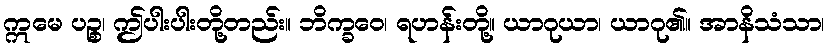
ဣမေ ပဉ္စ၊ ဤပါးပါးတို့တည်း။ ဘိက္ခဝေ၊ ရဟန်းတို့။ ယာဂုယာ၊ ယာဂု၏။ အာနိသံသာ၊